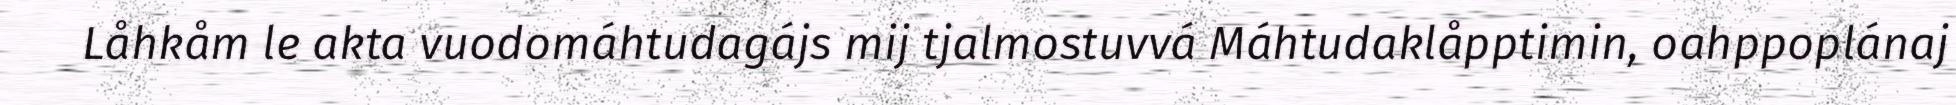
Låhkåm le akta vuodomáhtudagájs mij tjalmostuvvá Máhtudaklåpptimin, oahppoplánaj